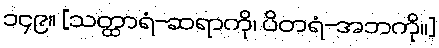
၁၄၉။ [သတ္ထာရံ-ဆရာကို၊ ပိတရံ-အဘကို။]